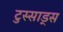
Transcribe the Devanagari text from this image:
टुस्साड्स